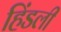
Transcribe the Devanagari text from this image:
हिंडली